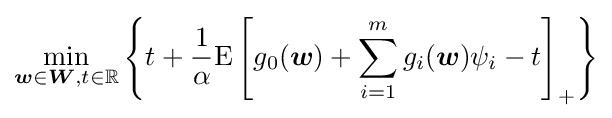
\min _{{\boldsymbol {w}}\in {\boldsymbol {W}},t\in \mathbb {R} }\left\lbrace t+{\frac {1}{\alpha }}{\text{E}}\left[g_{0}({\boldsymbol {w}})+\sum _{i=1}^{m}g_{i}({\boldsymbol {w}})\psi _{i}-t\right]_{+}\right\rbrace